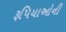
રૂપિયાઓની